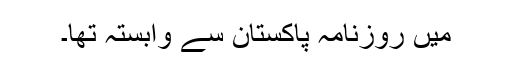
میں روزنامہ پاکستان سے وابستہ تھا۔